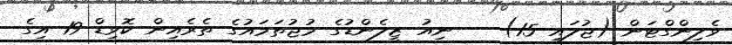
ވެލިންގްޓަން (ޖުލައި 15) -- ނިއު ޒީލެންޑުގެ މުޖުތަމައުގެ ތެރެއިން ކޮވިޑް-19 އިގެ